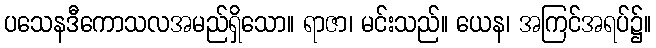
ပသေနဒီကောသလအမည်ရှိသော။ ရာဇာ၊ မင်းသည်။ ယေန၊ အကြင်အရပ်၌။